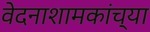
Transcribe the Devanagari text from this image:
वेदनाशामकांच्या